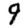
Digit: 9